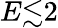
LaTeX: E{\lesssim}2